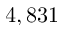
4 , 8 3 1